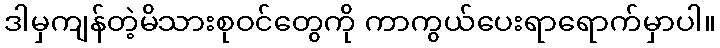
ဒါမှကျန်တဲ့မိသားစုဝင်တွေကို ကာကွယ်ပေးရာရောက်မှာပါ။